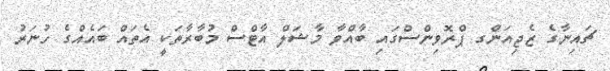
ޗައިނާގެ ޒެޖިއަންގ ޕްރޮވިންސްގައި ބާއްވާ މާޝަލް އާޓްސް މުބާރާތަކީ އެތައް ބައެއްގެ ހުނަރު